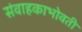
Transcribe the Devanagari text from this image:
संवाहकाभोवती